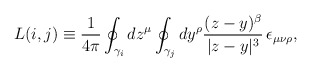
\begin{align*}L(i,j) \equiv \frac1{4\pi}\oint_{\gamma_i}dz^{\mu}\oint_{\gamma_j}dy^{\rho}\frac{(z-y)^{\beta}}{|z-y|^{3}}\,\epsilon_{\mu\nu\rho}, \end{align*}